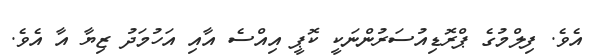
އެވެ. ފިލްމުގެ ޕްރޮޑިއުސަރުންނަކީ ކޮޕީ އިއްސެ އާއި އަހުމަދު ޒިޔާ އާ އެވެ.